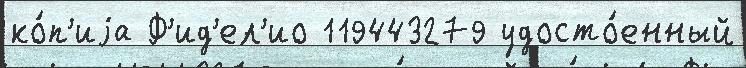
ко́п'иjа Ф'ид'ел'ио 119443279 удосто́енный